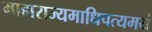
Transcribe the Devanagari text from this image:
माहाराज्यमाधिपत्यमयं